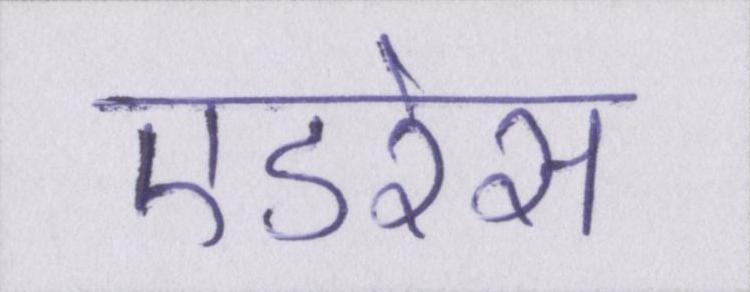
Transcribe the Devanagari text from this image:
एडरेस